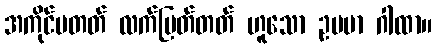
အကိုင်မတတ် လက်ပြတ်တတ် ဟူသော ဥပမာ ဂါထာ။